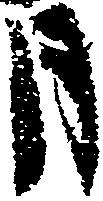
月